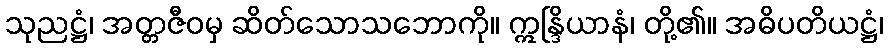
သုညဋ္ဌံ၊ အတ္တဇီဝမှ ဆိတ်သောသဘောကို။ ဣန္ဒြိယာနံ၊ တို့၏။ အဓိပတိယဋ္ဌံ၊